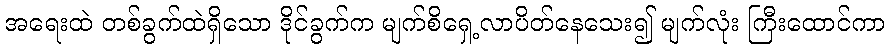
အရေးထဲ တစ်ခွက်ထဲရှိသော ဒိုင်ခွက်က မျက်စိရှေ့လာပိတ်နေသေး၍ မျက်လုံး ကြီးထောင်ကာ